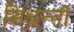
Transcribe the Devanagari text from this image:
सिधन्तो